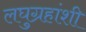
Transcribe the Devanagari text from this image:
लघुग्रहांशी